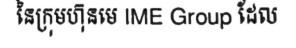
នៃក្រុមហ៊ុនមេ IME Group ដែល